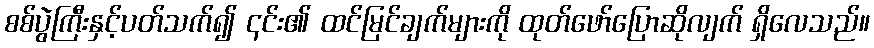
စစ်ပွဲကြီးနှင့်ပတ်သက်၍ ၎င်း၏ ထင်မြင်ချက်များကို ထုတ်ဖော်ပြောဆိုလျက် ရှိလေသည်။